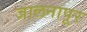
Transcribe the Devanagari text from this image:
जालनापूर